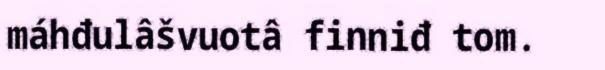
máhđulâšvuotâ finniđ tom.